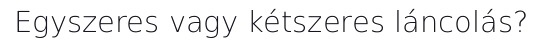
Egyszeres vagy kétszeres láncolás?